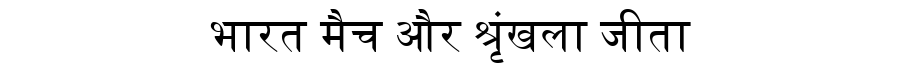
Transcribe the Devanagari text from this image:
भारत मैच और श्रृंखला जीता